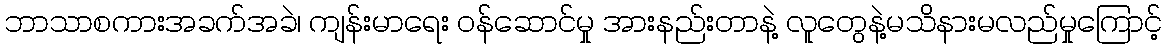
ဘာသာစကားအခက်အခဲ၊ ကျန်းမာရေး ဝန်ဆောင်မှု အားနည်းတာနဲ့ လူတွေနဲ့မသိနားမလည်မှုကြောင့်